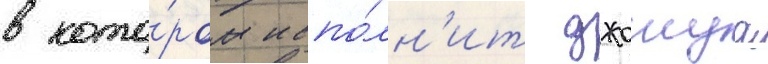
в кото́ром испо́лн'ит джошуа